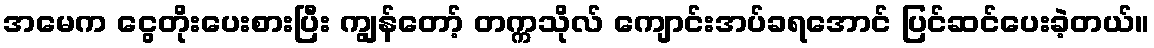
အမေက ငွေတိုးပေးစားပြီး ကျွန်တော့် တက္ကသိုလ် ကျောင်းအပ်ခရအောင် ပြင်ဆင်ပေးခဲ့တယ်။